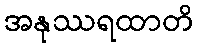
အနုဿရထာတိ